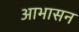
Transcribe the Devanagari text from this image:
आभासन